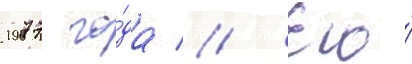
1977 го́да // Его́